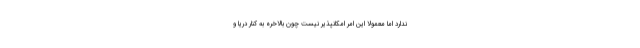
ندارد اما معمولا این امر امکانپذیر نیست چون بالاخره به کنار دریا و